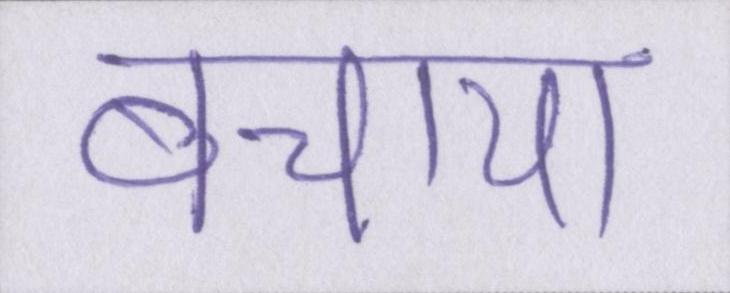
बचाया